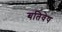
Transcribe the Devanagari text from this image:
यतिवेष